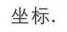
坐标.